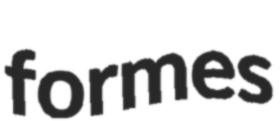
formes